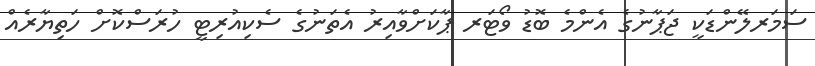
ސަމަރލޭންޑަކީ ޖަޕާނުގެ އެންމެ ބޮޑު ވޯޓަރ ޕާކަށްވާއިރު އެތަނުުގެ ސެކިއުރިޓީ ހުރަސްކޮށް ހަތިޔާރެއް